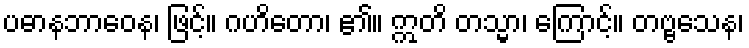
ပဓာနဘာဝေန၊ ဖြင့်။ ဂဟိတော၊ ၏။ ဣတိ တသ္မာ၊ ကြောင့်။ တဗ္ဗသေန၊